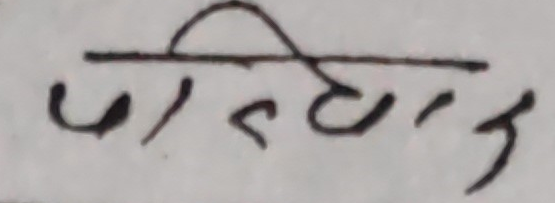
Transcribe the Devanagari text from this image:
परिणाम